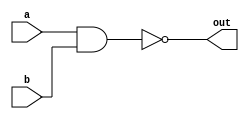
module nand_1(a,b,out);
  input a,b;
  output out;
  assign out= ~(a&b);
endmodule